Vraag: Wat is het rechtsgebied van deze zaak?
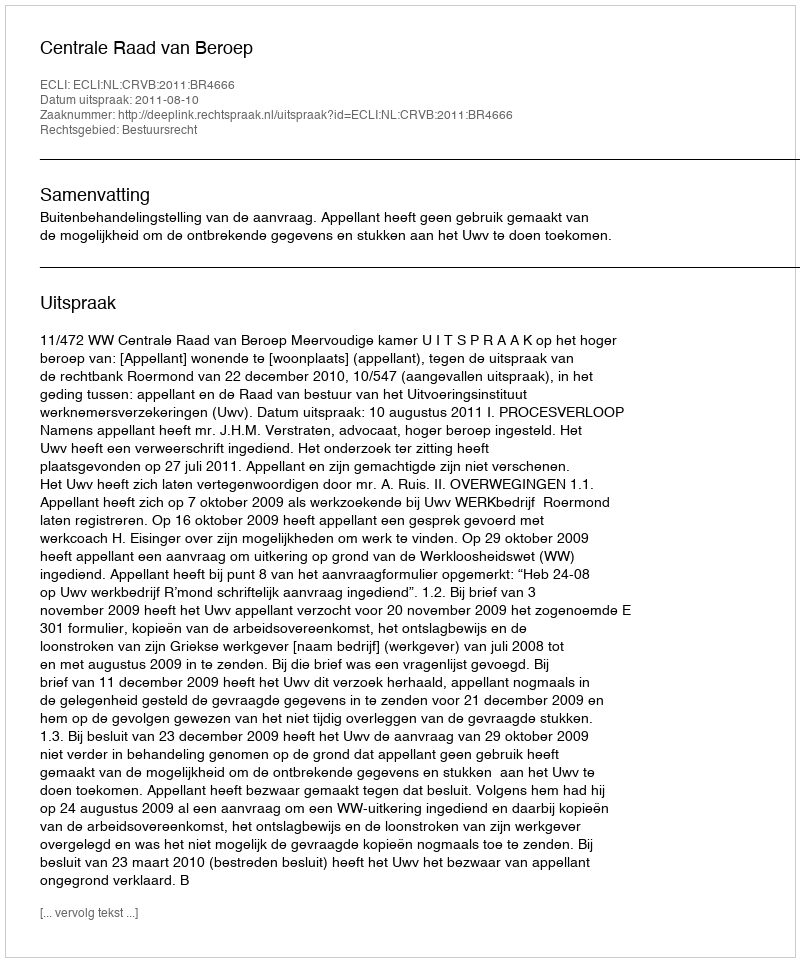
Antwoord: Bestuursrecht